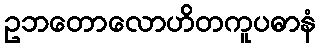
ဥဘတောလောဟိတကူပဓာနံ